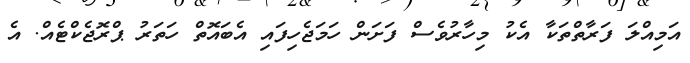
އަމިއްލަ ފަރާތްތަކާ އެކު މިހާރުވެސް ފަށަން ހަމަޖެހިފައި އެބައޮތް ހަތަރު ޕްރޮޖެކްޓެއް. އެ